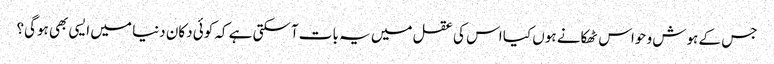
جس کے ہوش و حواس ٹھکانے ہوں کیا اس کی عقل میں یہ بات آسکتی ہے کہ کوئی دکان دنیا میں ایسی بھی ہوگی؟